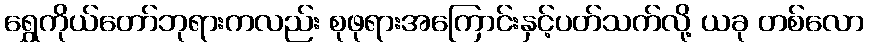
ရွှေကိုယ်တော်ဘုရားကလည်း စုဖုရားအကြောင်းနှင့်ပတ်သက်လို့ ယခု တစ်လော